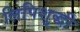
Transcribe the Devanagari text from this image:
लिपिशुद्धी